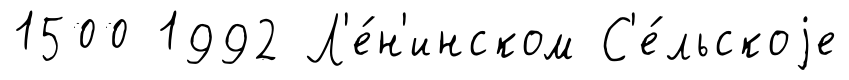
1500 1992 Л'е́н'инском С'е́льскоjе